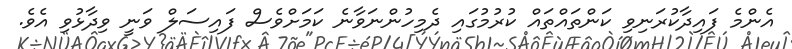
އެންމެ ފައިދާކުރަނިވި ކަންތައްތައް ކުރުމުގައި ދެމިހުންނަވާނެ ކަމަށްވެސް ފައިސަލް ވަނީ ވިދާޅުވި އެވެ.